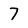
Character: 7